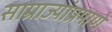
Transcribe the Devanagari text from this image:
साम्राज्यांप्रमाणे